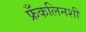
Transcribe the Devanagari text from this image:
फ्रँकलिनशी